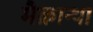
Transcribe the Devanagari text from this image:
मैक्रान्था